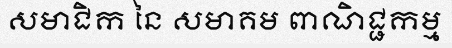
សមាជិក នៃ សមាគម ពាណិជ្ជកម្ម